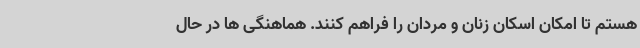
هستم تا امکان اسکان زنان و مردان را فراهم کنند. هماهنگی ها در حال